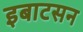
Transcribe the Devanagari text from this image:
इबाटसन